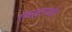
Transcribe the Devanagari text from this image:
रॉबर्ट्सऔर